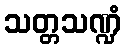
သတ္တသဏ္ဍံ